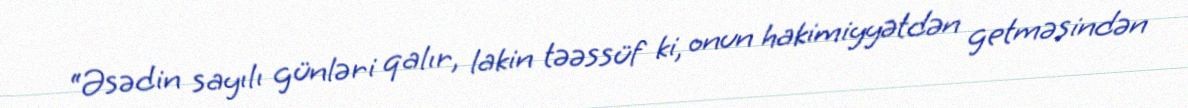
“Əsədin sayılı günləri qalır, lakin təəssüf ki, onun hakimiyyətdən getməsindən